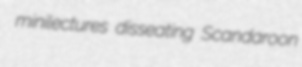
minilectures disseating Scandaroon